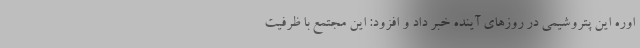
اوره این پتروشیمی در روزهای آینده خبر داد و افزود: این مجتمع با ظرفیت